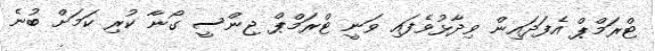
ޓްރަމްޕް އެފަދައިން ވިދާޅުވެފައި ވަނީ ޓްރަމްޕް ޖިންސީ ގޯނާ ކުރި ކަމަށް ބުނެ